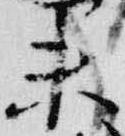
未